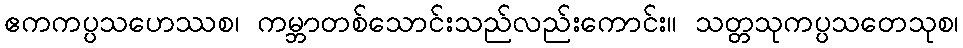
ဧကကပ္ပသဟေဿစ၊ ကမ္ဘာတစ်သောင်းသည်လည်းကောင်း။ သတ္တသုကပ္ပသတေသုစ၊